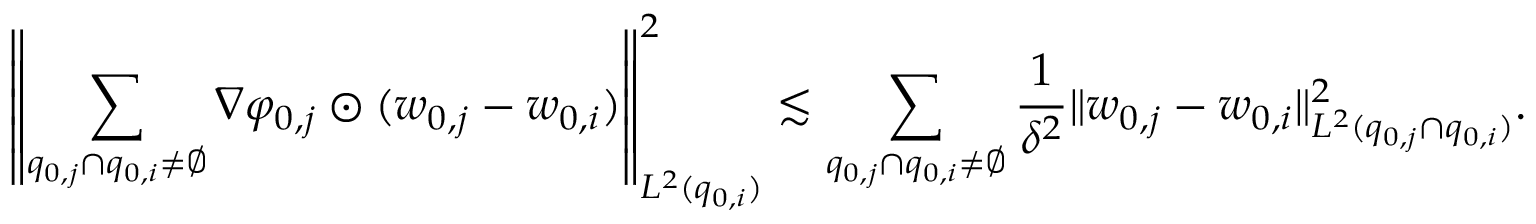
\left\| \sum _ { q _ { 0 , j } \cap q _ { 0 , i } \neq \emptyset } \nabla \varphi _ { 0 , j } \odot ( w _ { 0 , j } - w _ { 0 , i } ) \right\| _ { L ^ { 2 } ( q _ { 0 , i } ) } ^ { 2 } \lesssim \sum _ { q _ { 0 , j } \cap q _ { 0 , i } \neq \emptyset } \frac { 1 } { \delta ^ { 2 } } \| w _ { 0 , j } - w _ { 0 , i } \| _ { L ^ { 2 } ( q _ { 0 , j } \cap q _ { 0 , i } ) } ^ { 2 } .